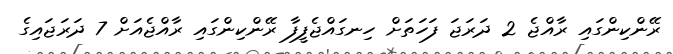
ރޭންކިންގައި ރާއްޖެ 2 ދަރަޖަ ފަހަތަށް ހިނގައްޖެފީފާ ރޭންކިންގައި ރާއްޖެއަށް 7 ދަރަޖައިގެ